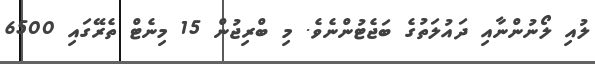
ލުއި ލޯނުންނާއި ދައުލަތުގެ ބަޖެޓުންނެވެ. މި ބްރިޖުން 15 މިނެޓް ތެރޭގައި 6500